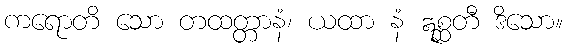
ကရောတိ သော တထတ္တာနံ၊ ယထာ နံ ဣစ္ဆတီ ဒိသော။